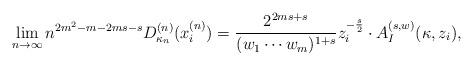
LaTeX: \begin{align*} \lim_{n \to \infty} n^{2m^2 - m -2ms-s} D^{(n)}_{\kappa_n}(x_i^{(n)}) = \frac{2^{2ms +s}}{(w_1 \cdots w_m)^{1+s}} z_i^{-\frac{s}{2}}\cdot A_I^{(s, w)} (\kappa, z_i), \end{align*}